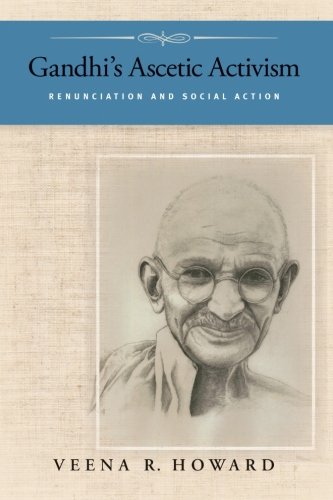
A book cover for Gandhi's Ascetic Activism: Renunciation and Social Action; Veena R. Howard; Religion & Spirituality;